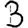
Digit: 3